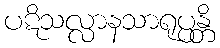
ပဋိသလ္လာနသာရုပ္ပန္တိ